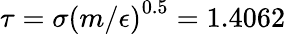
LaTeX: \tau=\sigma{(m/{\epsilon})}^{0.5}=1.4062